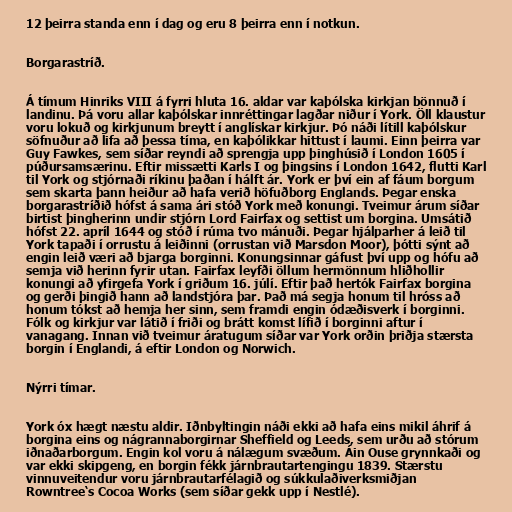
12 þeirra standa enn í dag og eru 8 þeirra enn í notkun.

Borgarastríð.

Á tímum Hinriks VIII á fyrri hluta 16. aldar var kaþólska kirkjan bönnuð í
landinu. Þá voru allar kaþólskar innréttingar lagðar niður í York. Öll klaustur
voru lokuð og kirkjunum breytt í anglískar kirkjur. Þó náði lítill kaþólskur
söfnuður að lifa að þessa tíma, en kaþólikkar hittust í laumi. Einn þeirra var
Guy Fawkes, sem síðar reyndi að sprengja upp þinghúsið í London 1605 í
púðursamsærinu. Eftir missætti Karls I og þingsins í London 1642, flutti Karl
til York og stjórnaði ríkinu þaðan í hálft ár. York er því ein af fáum borgum
sem skarta þann heiður að hafa verið höfuðborg Englands. Þegar enska
borgarastríðið hófst á sama ári stóð York með konungi. Tveimur árum síðar
birtist þingherinn undir stjórn Lord Fairfax og settist um borgina. Umsátið
hófst 22. apríl 1644 og stóð í rúma tvo mánuði. Þegar hjálparher á leið til
York tapaði í orrustu á leiðinni (orrustan við Marsdon Moor), þótti sýnt að
engin leið væri að bjarga borginni. Konungsinnar gáfust því upp og hófu að
semja við herinn fyrir utan. Fairfax leyfði öllum hermönnum hliðhollir
konungi að yfirgefa York í griðum 16. júlí. Eftir það hertók Fairfax borgina
og gerði þingið hann að landstjóra þar. Það má segja honum til hróss að
honum tókst að hemja her sinn, sem framdi engin ódæðisverk í borginni.
Fólk og kirkjur var látið í friði og brátt komst lífið í borginni aftur í
vanagang. Innan við tveimur áratugum síðar var York orðin þriðja stærsta
borgin í Englandi, á eftir London og Norwich.

Nýrri tímar.

York óx hægt næstu aldir. Iðnbyltingin náði ekki að hafa eins mikil áhrif á
borgina eins og nágrannaborgirnar Sheffield og Leeds, sem urðu að stórum
iðnaðarborgum. Engin kol voru á nálægum svæðum. Áin Ouse grynnkaði og
var ekki skipgeng, en borgin fékk járnbrautartengingu 1839. Stærstu
vinnuveitendur voru járnbrautarfélagið og súkkulaðiverksmiðjan
Rowntree‘s Cocoa Works (sem síðar gekk upp í Nestlé).